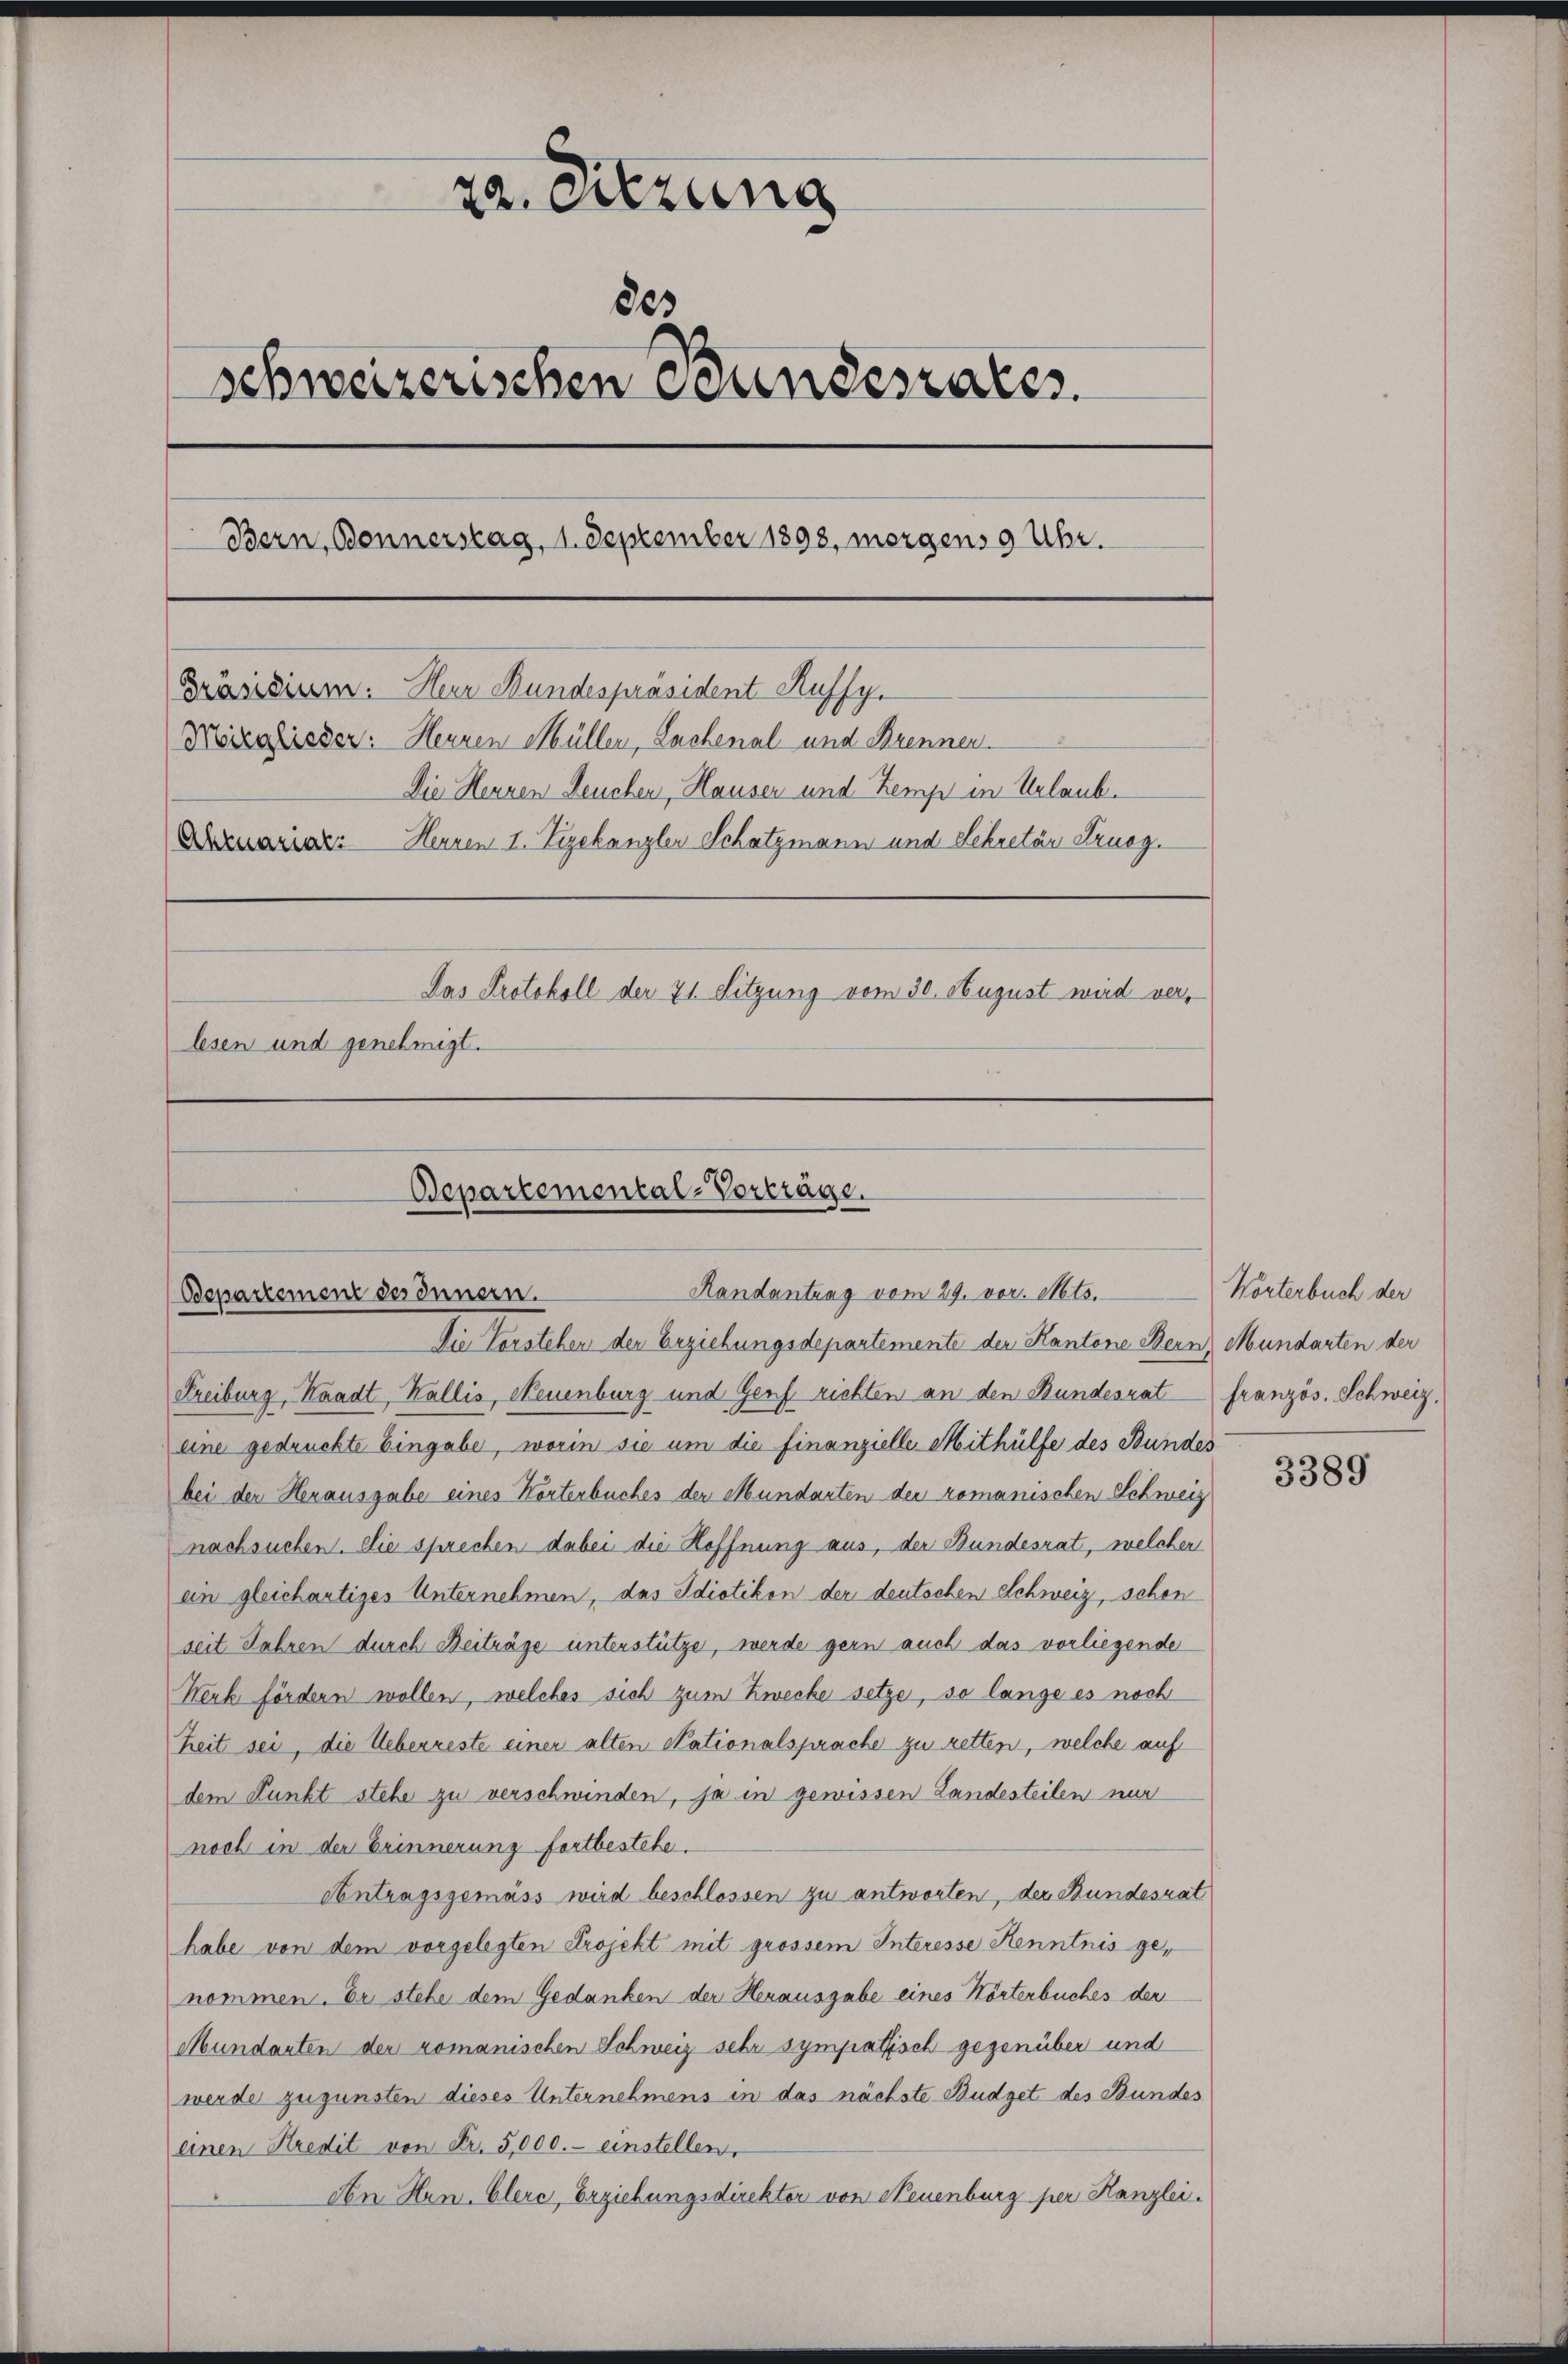
22. Sitzung
80
schweizerischen Bundesrates.
Bern, Bonnerstag, 1. September 1898, morgens 9 Uhr.
Präsidium. Herr Bundespräsident Auffy.
Mörzglieder: Herren Müller, Lachenal- und Brennen.
Die Hennen Leuchen, Hausen und Zemp in Urlaub.
Obzuariat: Herren I. Vizekanzler Schatzmann und Sekretär Strueg.
Jas Protokoll der 21. Sitzung vom 30. August wird verlesen und genehmigt.

Departemental-Vorträge.
Randantung vom 29. vor. Mts.
Bepartement des Innern.
Die Forstehen der Erziehungsdepartemente der Kantone Bern, Mundarten der

Freiburg, Waadt, Wallis, Neuenburg und Genf richten an den Bundesrat französ. Schweiz,
eine gedruckte Eingabe, worin sie um die finanzielle Mithülfe des Bundes
bei der Herausgabe eines Korterbuches der Mundarten der romanischen Schweiz
nachsuchen. Die sprechen dabei die Hoffnung aus, der Bundesrat, welcher
ein gleichartiges Unternehmen, das Idiotikon der deutschen Schweiz, schon
seit Jahren durch Beiträge unterstütze, werde gern auch das vorliegende
Werk fördern wollen, welches sich zum Zwecke setze, so lange es noch
Zeit sei, die Ueberreste einer alten Nationalsprache zu retten, welche auf
dem Punkt stehe zu verschwinden, ja in gewissen Landesteilen nur
noch in der Erinnerung fortbestehe.
Antragsgemäss wird beschlossen zu antworten, der Bundesrat
habe von dem vorgelegten Projekt mit grossem Interesse Kenntnis genommen. Er stehe dem Gedanken der Herausgabe eines Körterbuches der
Mundanten der romanischen Schweiz sehr sympathisch gegenüber und
werde zugunsten dieses Unternehmens in das nächste Budget des Bundes
einen Kredit von Fr. 5,000.- einstellen,
An Hrn. Clere, Erziehungsdirektor von Neuenburg per Hanzlei.

Wörterbuch der

3389